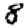
Digit: 8